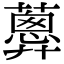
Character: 𧁗